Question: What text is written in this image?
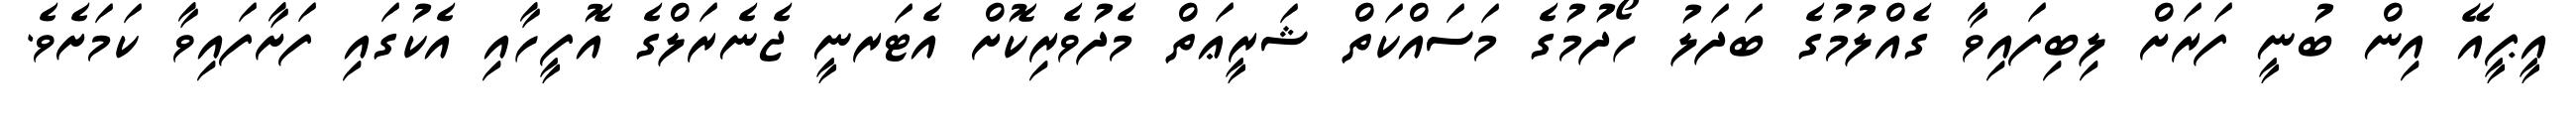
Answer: އީޕީއޭ އިން ބުނީ ފަރަށް ލިބިފައިވާ ގެއްލުމުގެ ބަދަލު ހޯދުމުގެ މަސައްކަތް ޝަރީޢަތް މެދުވެރިކޮށް އެޓަރނީ ޖެނެރަލްގެ އޮފީހާއި އެކުގައި ފަށާފައިވާ ކަމަށެވެ.